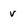
Character: V